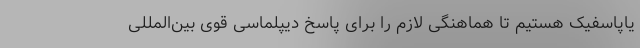
یاپاسفیک هستیم تا هماهنگی لازم را برای پاسخ دیپلماسی قوی بین‌المللی